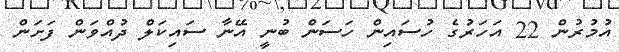
އުމުރުން 22 އަހަރުގެ ހުސައިން ހަސަން ބުނީ އޭނާ ސައިކަލް ދުއްވަން ފަށަން